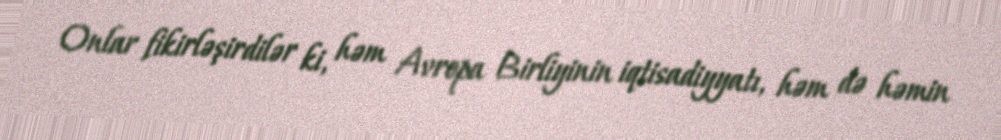
Onlar fikirləşirdilər ki, həm Avropa Birliyinin iqtisadiyyatı, həm də həmin